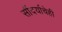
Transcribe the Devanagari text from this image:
सौंदर्याचेही